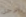
الرجل